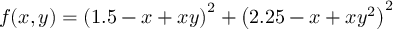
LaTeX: f ( x , y ) = \left( 1 . 5 - x + x y \right) ^ { 2 } + \left( 2 . 2 5 - x + x y ^ { 2 } \right) ^ { 2 }